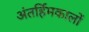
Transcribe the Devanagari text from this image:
अंतर्हिमकालों